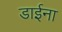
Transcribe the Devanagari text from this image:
डाईना